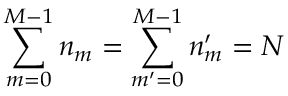
\sum _ { m = 0 } ^ { M - 1 } n _ { m } = \sum _ { m ^ { \prime } = 0 } ^ { M - 1 } n _ { m } ^ { \prime } = N